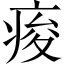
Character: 痠